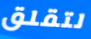
لتقلق